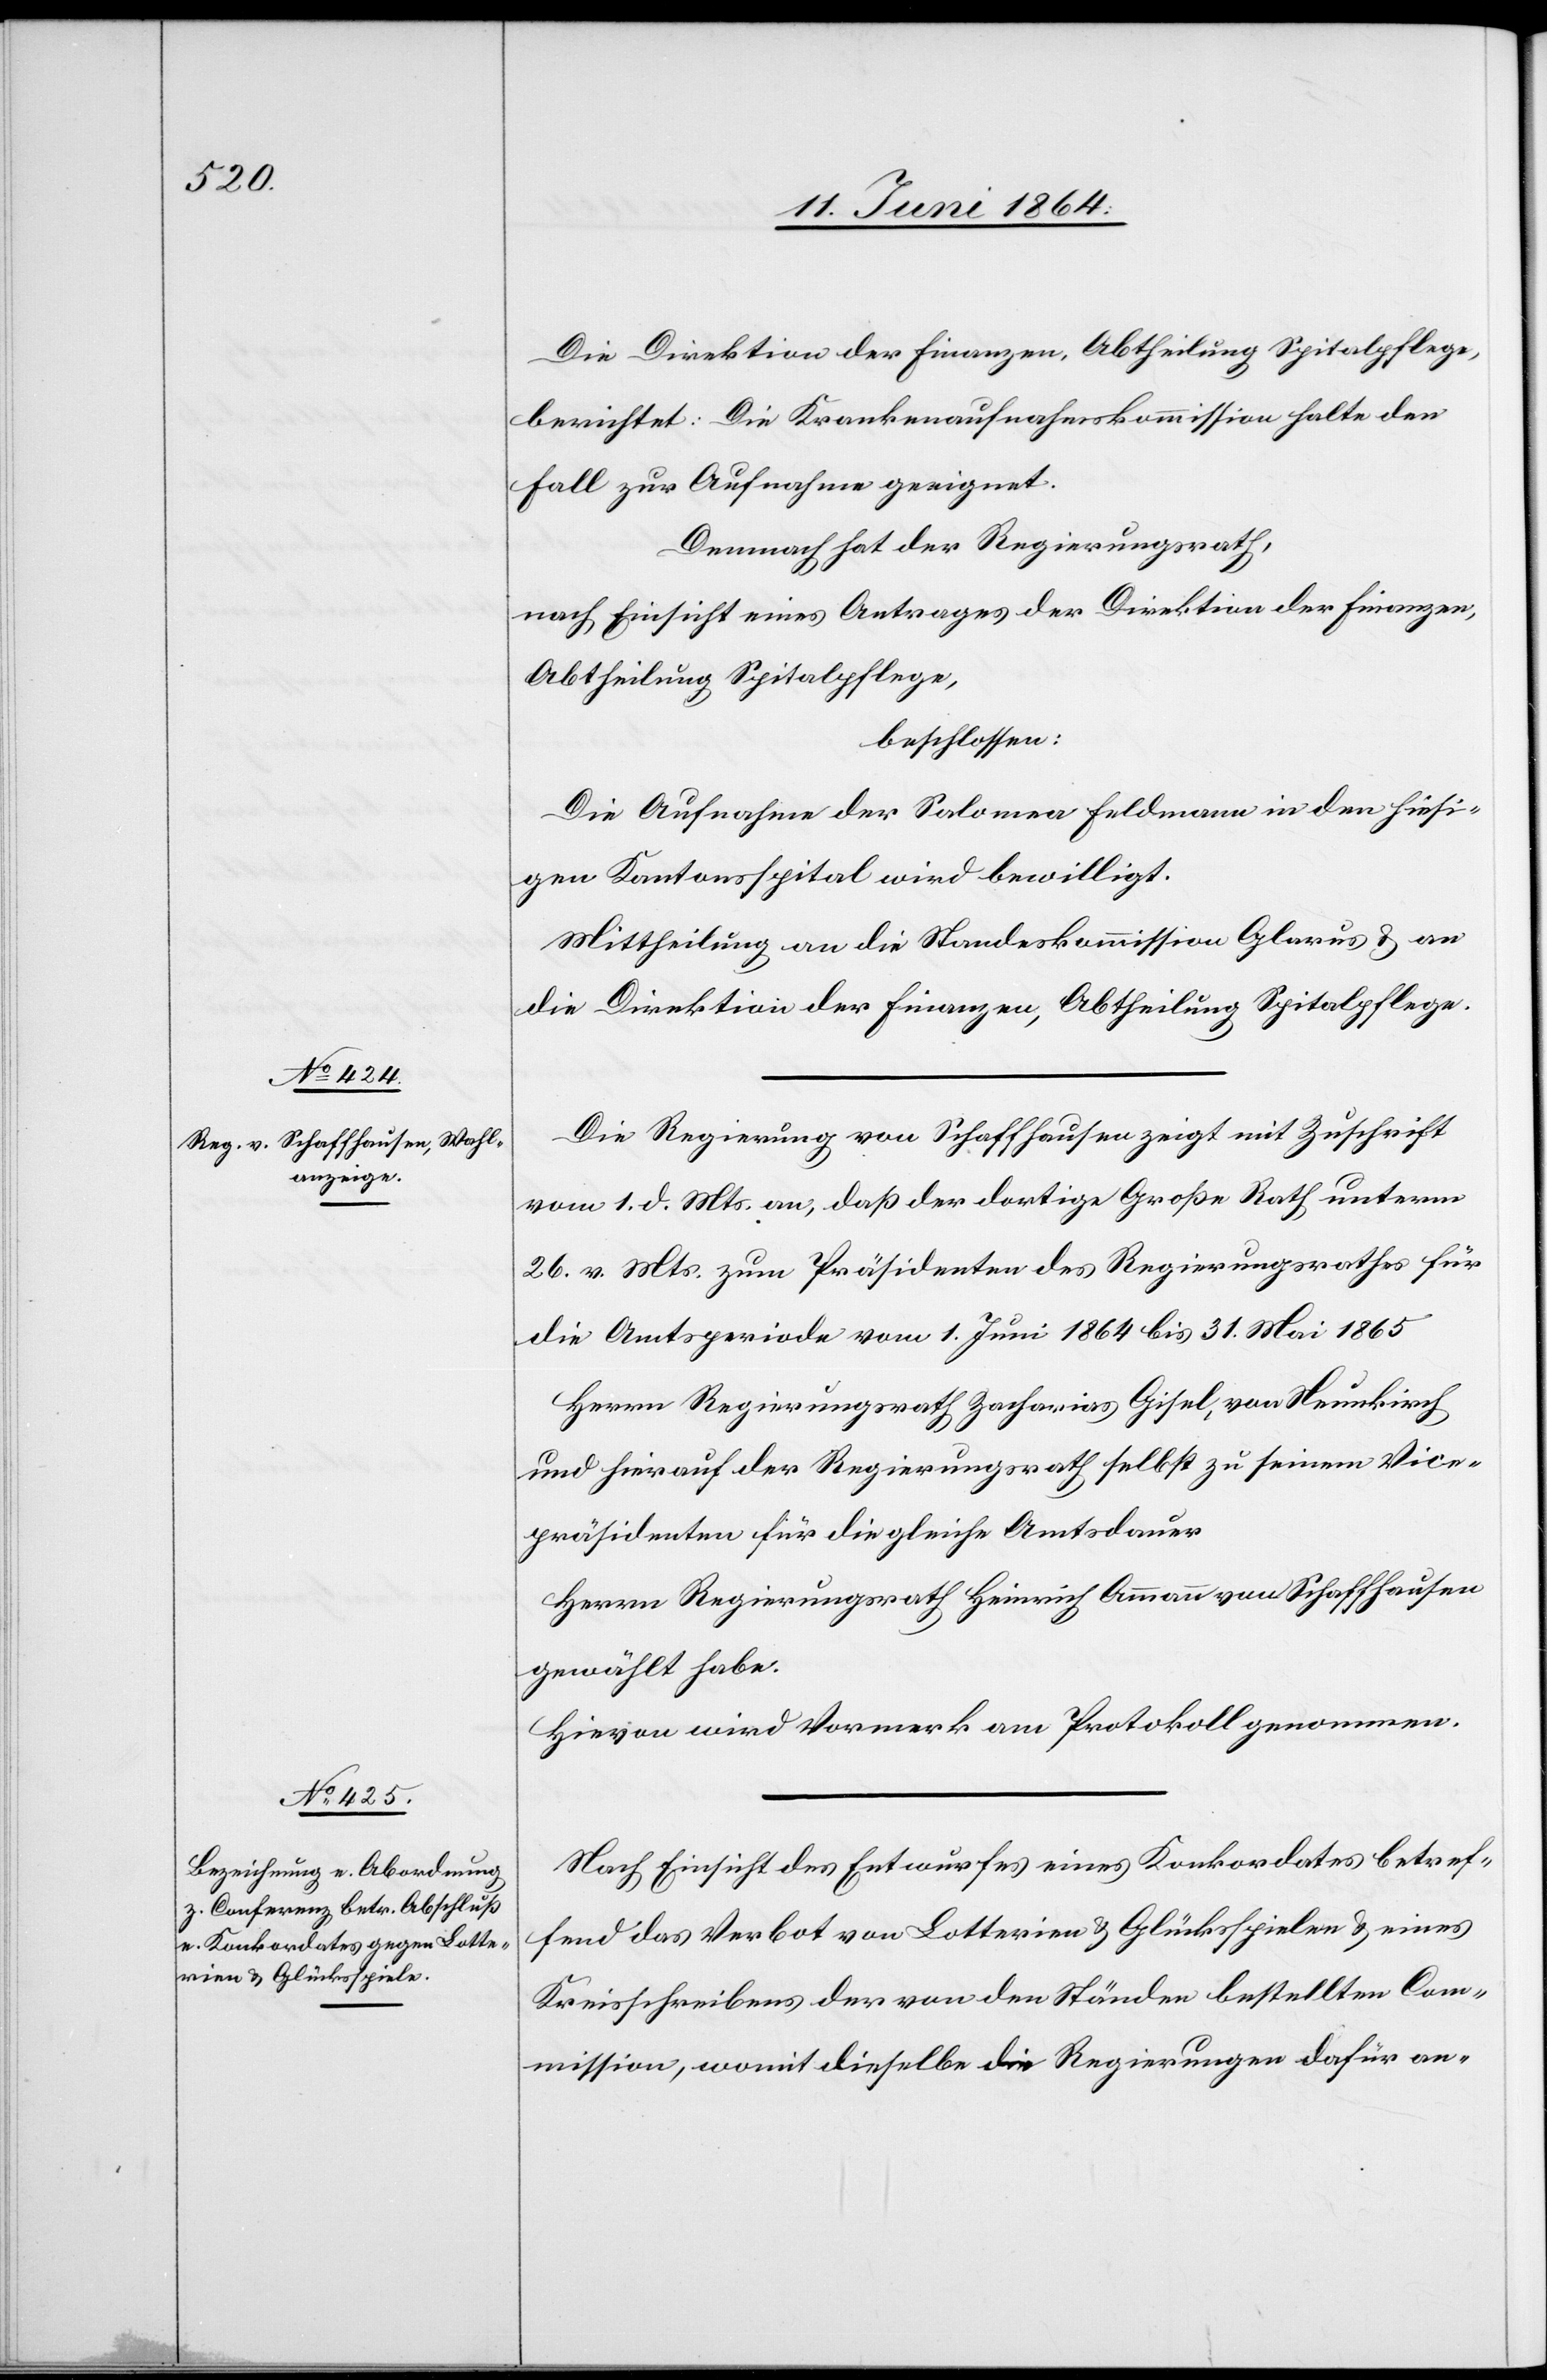
Die Direktion der Finanzen, Abtheilung Spitalpflege,
berichtet: Die Krankenaufnahmskommission halte den
Fall zur Aufnahme geeignet.
Demnach hat der Regierungsrath,
nach Einsicht eines Antrages der Direktion der Finanzen,
Abtheilung Spitalpflege,
beschlossen:
Die Aufnahme der Salomea Feldmann in den hiesi¬
gen Kantonsspital wird bewilligt.
Mittheilung an die Standeskommission Glarus u. an
die Direktion der Finanzen, Abtheilung Spitalpflege.
Die Regierung von Schaffhausen zeigt mit Zuschrift
vom 1. d. Mts. an, daß der dortige große Rath unterm
26. v. Mts. zum Präsidenten des Regierungsrathes für
die Amtsperiode vom 1. Juni 1864 bis 31. Mai 1865
Herrn Regierungsrath Zacharias Gisel, von Neunkirch
und hierauf der Regierungsrath selbst zu seinem Vice¬
präsidenten für die gleiche Amtsdauer
Herrn Regierungsrath Heinrich Ammann von Schaffhausen
gewählt habe.
Hievon wird Vormerk am Protokoll genommen.
Nach Einsicht des Entwurfes eines Konkordates betref¬
fend das Verbot von Lotterien u. Glücksspielen u. eines
Kreisschreibens der von den Ständen bestellten Com¬
mission, womit dieselbe die Regierungen dafür an-